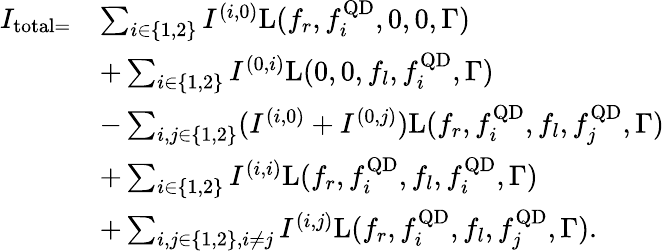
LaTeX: \begin{array}{rl}{I_{\mathrm{total}=}}&{\sum_{i\in\{ 1,2\} }I^{(i,0)}\mathrm{L}(f_{r},f_{i}^{\textrm{QD}},0,0,\Gamma)}\\ &{+\sum_{i\in\{ 1,2\} }I^{(0,i)}\mathrm{L}(0,0,f_{l},f_{i}^{\textrm{QD}},\Gamma)}\\ &{-\sum_{i,j\in\{ 1,2\} }(I^{(i,0)}+I^{(0,j)})\mathrm{L}(f_{r},f_{i}^{\textrm{QD}},f_{l},f_{j}^{\textrm{QD}},\Gamma)}\\ &{+\sum_{i\in\{ 1,2\} }I^{(i,i)}\mathrm{L}(f_{r},f_{i}^{\textrm{QD}},f_{l},f_{i}^{\textrm{QD}},\Gamma)}\\ &{+\sum_{i,j\in\{ 1,2\} ,i\neq j}I^{(i,j)}\mathrm{L}(f_{r},f_{i}^{\textrm{QD}},f_{l},f_{j}^{\textrm{QD}},\Gamma).}\end{array}